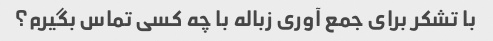
با تشکر برای جمع آوری زباله با چه کسی تماس بگیرم؟